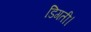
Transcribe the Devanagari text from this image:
डिगती।